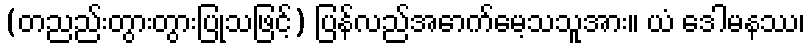
(တညည်းတွားတွားပြုသဖြင့်) ပြန်လည်အောက်မေ့သသူအား။ ယံ ဒေါမနဿ၊